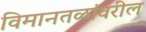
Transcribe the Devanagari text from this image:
विमानतळांवरील